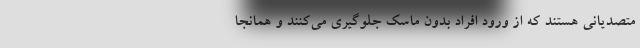
متصدیانی هستند که از ورود افراد بدون ماسک جلوگیری می‌کنند و همانجا